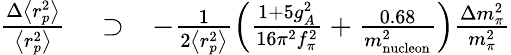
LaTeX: \begin{array}{rlr}{\frac{\Delta\left<r_{p}^{2}\right>}{\left<r_{p}^{2}\right>}}&{{}\supset}&{-\frac{1}{2\left<r_{p}^{2}\right>}\left(\frac{1+5g_{A}^{2}}{16\pi^{2}f_{\pi}^{2}}+\frac{0.68}{m_{\mathrm{nucleon}}^{2}}\right)\frac{\Delta m_{\pi}^{2}}{m_{\pi}^{2}}}\end{array}